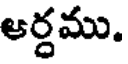
ఆర్దము.